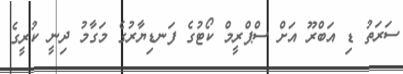
ސަރަތު ޑި އަބްރޫ އަށް ސްޕްރީމް ކޯޓުގެ ފަނޑިޔާރުގެ މަގާމު ދިނީ ކުރީގެ